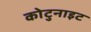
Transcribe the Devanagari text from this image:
कोटुनाइट